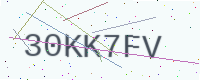
Text: 30KK7FV